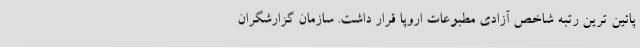
پائین ترین رتبه شاخص آزادی مطبوعات اروپا قرار داشت. سازمان گزارشگران